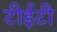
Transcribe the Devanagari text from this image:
टीईटी